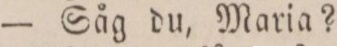
— Såg du, Maria?